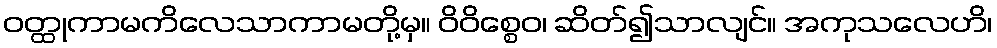
ဝတ္ထုကာမကိလေသာကာမတို့မှ။ ဝိဝိစ္စေဝ၊ ဆိတ်၍သာလျင်။ အကုသလေဟိ၊